Report of the King Institute of Preventive Medicine, Guindy
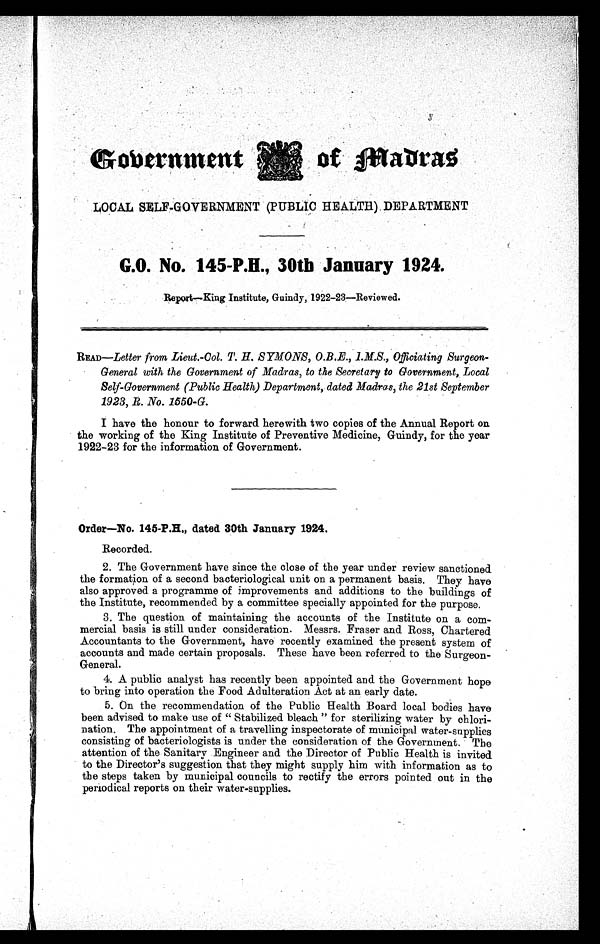
Government
of Madras
LOCAL SELF-GOVERNMENT (PUBLIC HEALTH) DEPARTMENT
G.O. No. 145-P.H., 30th January 1924.
Report—King Institute, Guindy, 1922-23—Reviewed.
R E A D—Letter from Lieut.-Col. T. H. SYMONS, O.B.E., I.M.S., Officiating Surgeon
-
General with the Government of Madras, to the Secretary to Government, Local
Self-Government (Public Health) Department, dated Madras, the 21st September
1923, R. No. 1550-G.
I have the honour to forward herewith two copies of the Annual Report on
the working of the King Institute of Preventive Medicine, Guindy, for the year
1922-23 for the information of Government.
Order—No. 145-P.H., dated 30th January 1924 .
Recorded.
2. The Government have since the close of the year under review sanctioned
the formation of a second bacteriological unit on a permanent basis. They have
also approved a programme of improvements and additions to the buildings of
the Institute, recommended by a committee specially appointed for the purpose.
3. The question of maintaining the accounts of the Institute on a com
-
mercial basis is still under consideration. Messrs. Fraser and Ross, Chartered
Accountants to the Government, have recently examined the present system of
accounts and made certain proposals. These have been referred to the Surgeon
-
General.
4. A public analyst has recently been appointed and the Government hope
to bring into operation the Food Adulteration Act at an early date.
5. On the recommendation of the Public Health Board local bodies have
been advised to make use of " Stabilized bleach " for sterilizing water by chlori
-
nation. The appointment of a travelling inspectorate of municipal water-supplies
consisting of bacteriologists is under the consideration of the Government. The
attention of the Sanitary Engineer and the Director of Public Health is invited
to the Director's suggestion that they might supply him with information as to
the steps taken by municipal councils to rectify the errors pointed out in the
periodical reports on their water-supplies.